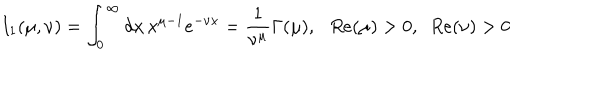
I _ { 1 } ( \mu , \nu ) = \int _ { 0 } ^ { \infty } d x \, x ^ { \mu - 1 } e ^ { - \nu x } = \frac 1 { \nu ^ { \mu } } \Gamma ( \mu ) , \, \, \, \, R e ( \mu ) > 0 , \, \, \, R e ( \nu ) > 0